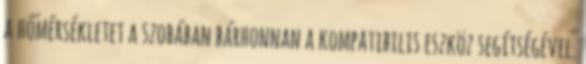
a hőmérsékletet a szobában bárhonnan a kompatibilis eszköz segítségével.